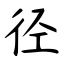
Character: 径